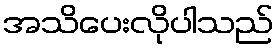
အသိပေးလိုပါသည်